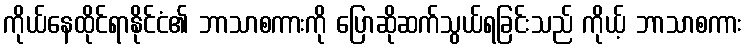
ကိုယ်နေထိုင်ရာနိုင်ငံ၏ ဘာသာစကားကို ပြောဆိုဆက်သွယ်ရခြင်းသည် ကိုယ့် ဘာသာစကား